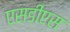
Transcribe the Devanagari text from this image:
एसडीएस